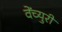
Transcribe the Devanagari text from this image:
वेंच्युरी